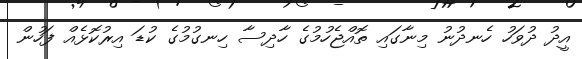
އީދު ދުވަހު ހެނދުނު މިނާގައި ތޮއްޖެހުމުގެ ހާދިސާ ހިނގުމުގެ ކުޑަ އިރުކޮޅެއް ފަހުން